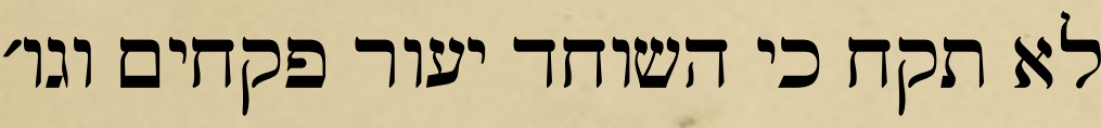
לא תקח כי השוחד יעור פקחים וגו׳